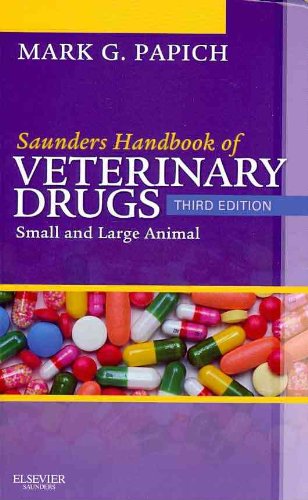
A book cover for Saunders Handbook of Veterinary Drugs - Text and VETERINARY CONSULT Package: Small and Large Animal, 3e; Mark G. Papich DVM  MS  DACVCP; Medical Books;